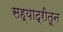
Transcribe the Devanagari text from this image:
सह्याद्रीतून